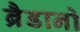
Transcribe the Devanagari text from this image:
ब्रैडानो